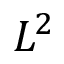
L ^ { 2 }